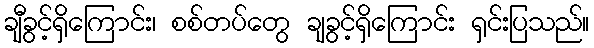
ချီခွင့်ရှိကြောင်း၊ စစ်တပ်တွေ ချခွင့်ရှိကြောင်း ရှင်းပြသည်။